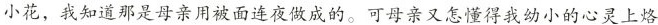
小花，我知道那是母亲用被面连夜做成的。可母亲又怎懂得我幼小的心灵上烙